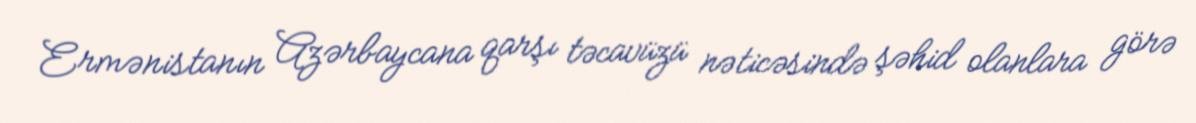
Ermənistanın Azərbaycana qarşı təcavüzü nəticəsində şəhid olanlara görə